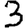
Digit: 3